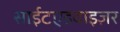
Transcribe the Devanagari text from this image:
साईटएडवाइज़र